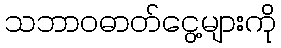
သဘာဝဓာတ်ငွေ့များကို